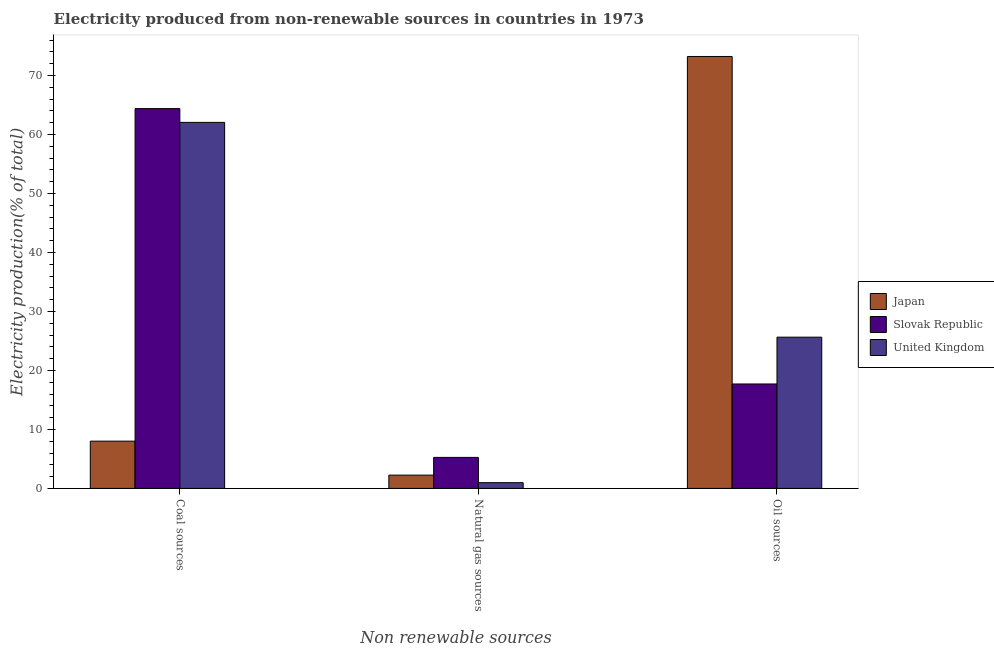
| Non renewable sources | Japan | Slovak Republic | United Kingdom |
 | --- | --- | --- | --- |
 | Coal sources | 8.01 | 64.4 | 62.1 |
 | Natural gas sources | 2.26 | 5.26 | 0.972 |
 | Oil sources | 73.2 | 17.7 | 25.6 |